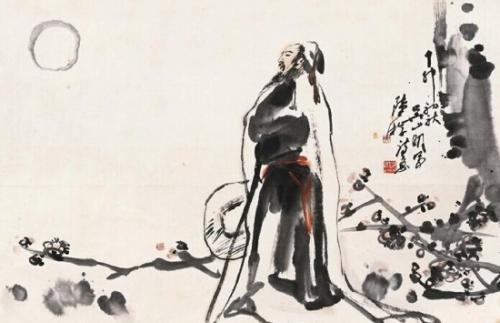
朱门沉沉按歌舞，厩马肥死弓断弦。